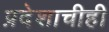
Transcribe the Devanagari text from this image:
प्रदेशाचीही